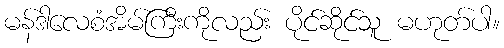
မန်ဒါလေစံအိမ်ကြီးကိုလည်း ပိုင်ဆိုင်သူ မဟုတ်ပါ။